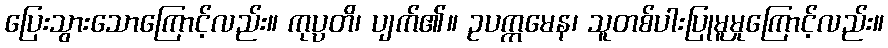
ပြေးသွားသောကြောင့်လည်း။ ကုပ္ပတိ၊ ပျက်၏။ ဥပက္ကမေန၊ သူတစ်ပါးပြုမူမှုကြောင့်လည်း။